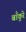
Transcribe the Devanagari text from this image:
बाँकुरे